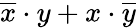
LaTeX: {\overline{{x}}}\cdot y+x\cdot{\overline{{y}}}